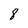
Character: 8